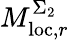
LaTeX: M_{\mathrm{loc},r}^{\Sigma_{2}}